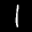
Label: 1